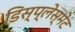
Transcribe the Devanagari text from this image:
डिस्प्लेस्मेंट